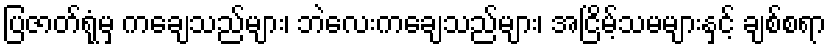
ပြဇာတ်ရုံမှ ကချေသည်များ၊ ဘဲလေးကချေသည်များ၊ အငြိမ့်သမများနှင့် ချစ်စရာ